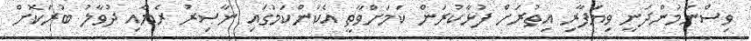
ވިސްނަމުންދަނީ ވިޔަފާރި އިތުރަށް ފުޅާކުރަން ކަމަށްވާތީ އެކަންކަމުގައި ނާސިރު ރެޔާއި ދުވާލު ބުރަކޮށް